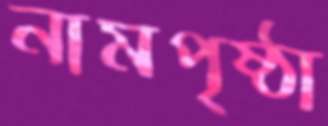
নামপৃষ্ঠা